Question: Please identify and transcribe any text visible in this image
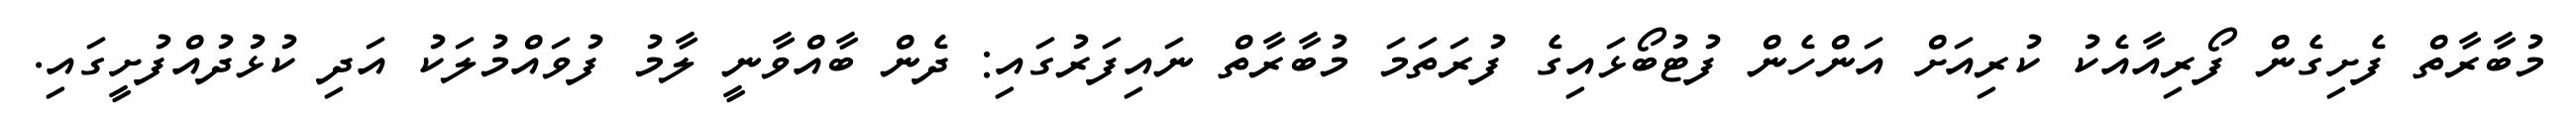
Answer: މުބާރާތް ފެށިގެން ފޯރިއާއެކު ކުރިއަށް އަންހެން ފުޓުބޯޅައިގެ ފުރަތަމަ މުބާރާތް ނައިފަރުގައި: ދެން ބާއްވާނީ ލާމު ފުވައްމުލަކު އަދި ކުޅުދުއްފުށީގައި.